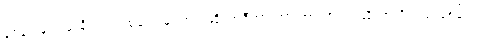
နံရံပေါ်မှာ ပန်းချီကားတစ်ချပ် မြင်တယ်ဆို၊ အဲဒီကားဟာ ဘာကားလဲ ဆိုတာကို ပြောပြစမ်းပါ